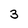
Character: 3